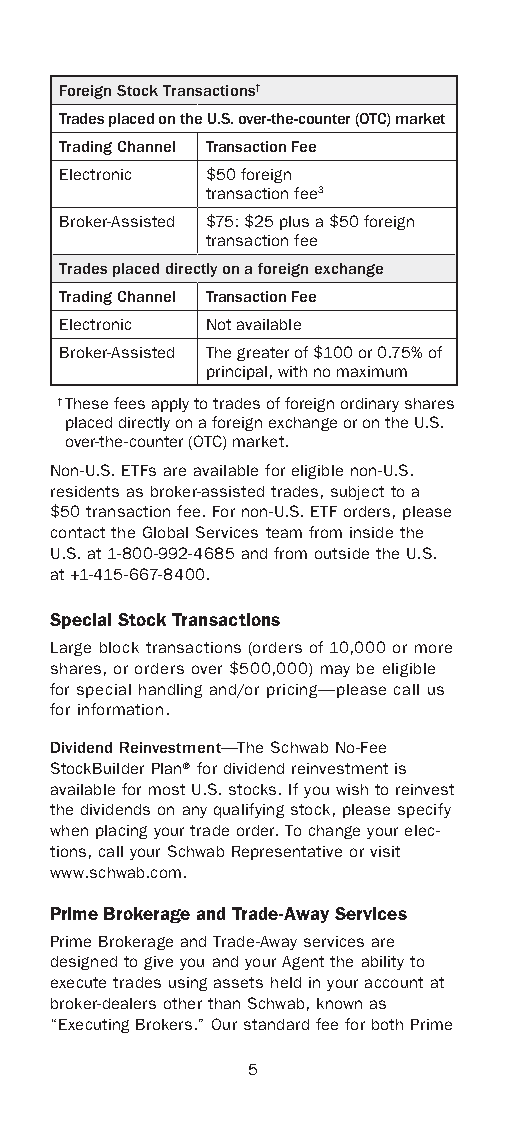
Foreign Stock Transactions†
 Trades placed on the U.S. over-the-counter (OTC) market
 Trading Channel Transaction Fee
 Electronic $50 foreign
 transaction fee3
 Broker-Assisted $75: $25 plus a $50 foreign
 transaction fee
 Trades placed directly on a foreign exchange
 Trading Channel Transaction Fee
 Electronic Not available
 Broker-Assisted The greater of $100 or 0.75% of
 principal, with no maximum
 † These fees apply to trades of foreign ordinary shares
 placed directly on a foreign exchange or on the U.S.
 over-the-counter (OTC) market.
 Non-U.S. ETFs are available for eligible non-U.S.
 residents as broker-assisted trades, subject to a
 $50 transaction fee. For non-U.S. ETF orders, please
 contact the Global Services team from inside the
 U.S. at 1-800-992-4685 and from outside the U.S.
 at +1-415-667-8400.
 Special Stock Transactions
 Large block transactions (orders of 10,000 or more
 shares, or orders over $500,000) may be eligible
 for special handling and/or pricing—please call us
 for information.
 Dividend Reinvestment—The Schwab No-Fee
 StockBuilder Plan® for dividend reinvest ment is
 available for most U.S. stocks. If you wish to reinvest
 the dividends on any qualifying stock, please specify
 when placing your trade order. To change your elec-
 tions, call your Schwab Representative or visit
 www.schwab.com.
 Prime Brokerage and Trade-Away Services
 Prime Brokerage and Trade-Away services are
 designed to give you and your Agent the ability to
 execute trades using assets held in your account at
 broker-dealers other than Schwab, known as
 “Executing Brokers.” Our standard fee for both Prime
 5